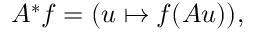
A ^ { * } f = ( u \mapsto f ( A u ) ) ,